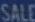
SALE